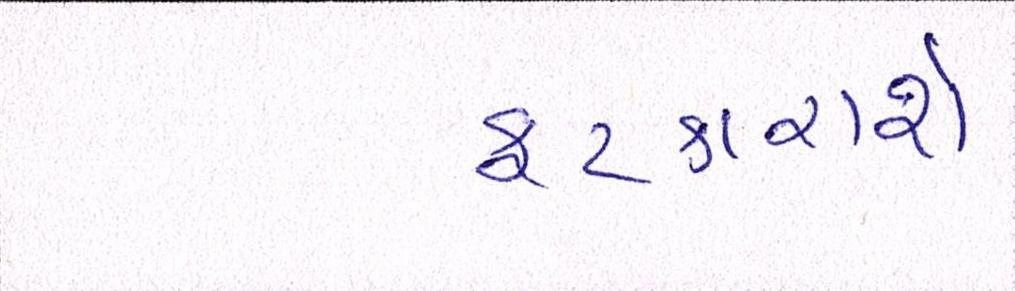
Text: ફટકારાશે